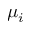
\mu _ { i }